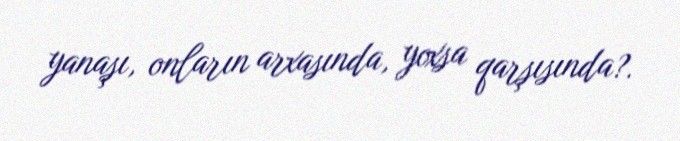
yanaşı, onların arxasında, yoxsa qarşısında?.